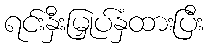
ရင်းနှီးမြှုပ်နှံထားပြီး